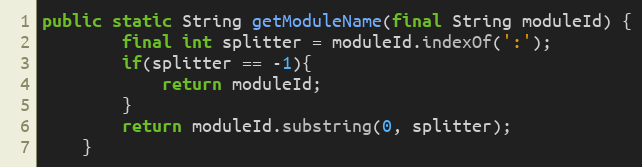
Language: Java
public static String getModuleName(final String moduleId) {
        final int splitter = moduleId.indexOf(':');
        if(splitter == -1){
            return moduleId;
        }
        return moduleId.substring(0, splitter);
    }